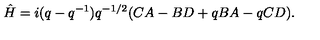
\hat { H } = i ( q - q ^ { - 1 } ) q ^ { - 1 / 2 } ( C A - B D + q B A - q C D ) .